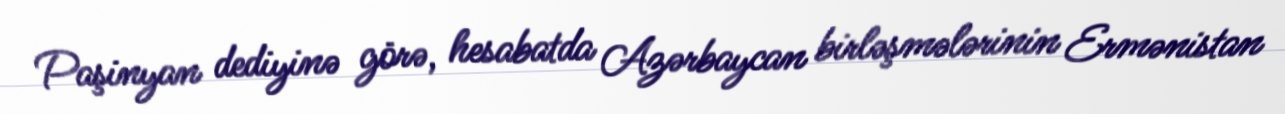
Paşinyan dediyinə görə, hesabatda Azərbaycan birləşmələrinin Ermənistan